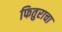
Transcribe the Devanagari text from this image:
फितुराचा